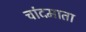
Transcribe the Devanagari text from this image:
चांदमाता